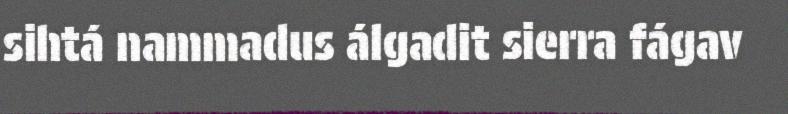
sihtá nammadus álgadit sierra fágav